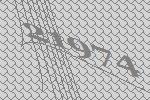
21974